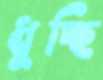
ধুচ্ছি